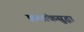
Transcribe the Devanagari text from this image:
क्रमांकसुद्धा